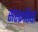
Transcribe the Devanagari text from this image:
संस्क्रतियों